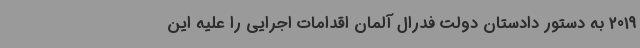
2019 به دستور دادستان دولت فدرال آلمان اقدامات اجرایی را علیه این